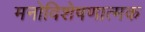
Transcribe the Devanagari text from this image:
मनोविशेषणात्मक